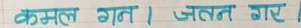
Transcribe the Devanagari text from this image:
कमल गगत । जतन गए ।